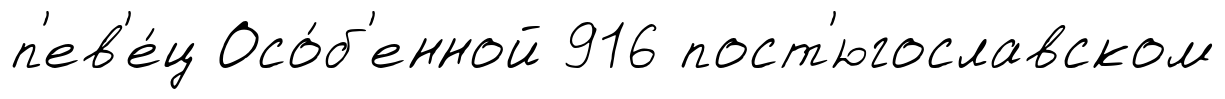
п'ев'е́ц Осо́б'енной 916 пост'югославском